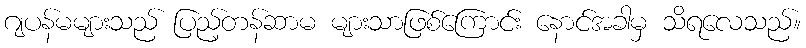
ဂျပန်မများသည် ပြည့်တန်ဆာမ များသာဖြစ်ကြောင်း နောင်အခါမှ သိရလေသည်။